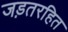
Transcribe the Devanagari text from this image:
जड़तरहित